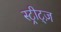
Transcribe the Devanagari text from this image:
स्ट्रीट्ज़